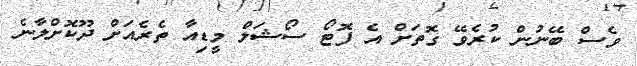
ވެސް ބޭނުން ކުރެވޭ ގޮތަށް އެ ފޮޓޯ ސޯޝަލް މީޑިއާ ތެރެއަށް ދޫކޮށްލާނެ